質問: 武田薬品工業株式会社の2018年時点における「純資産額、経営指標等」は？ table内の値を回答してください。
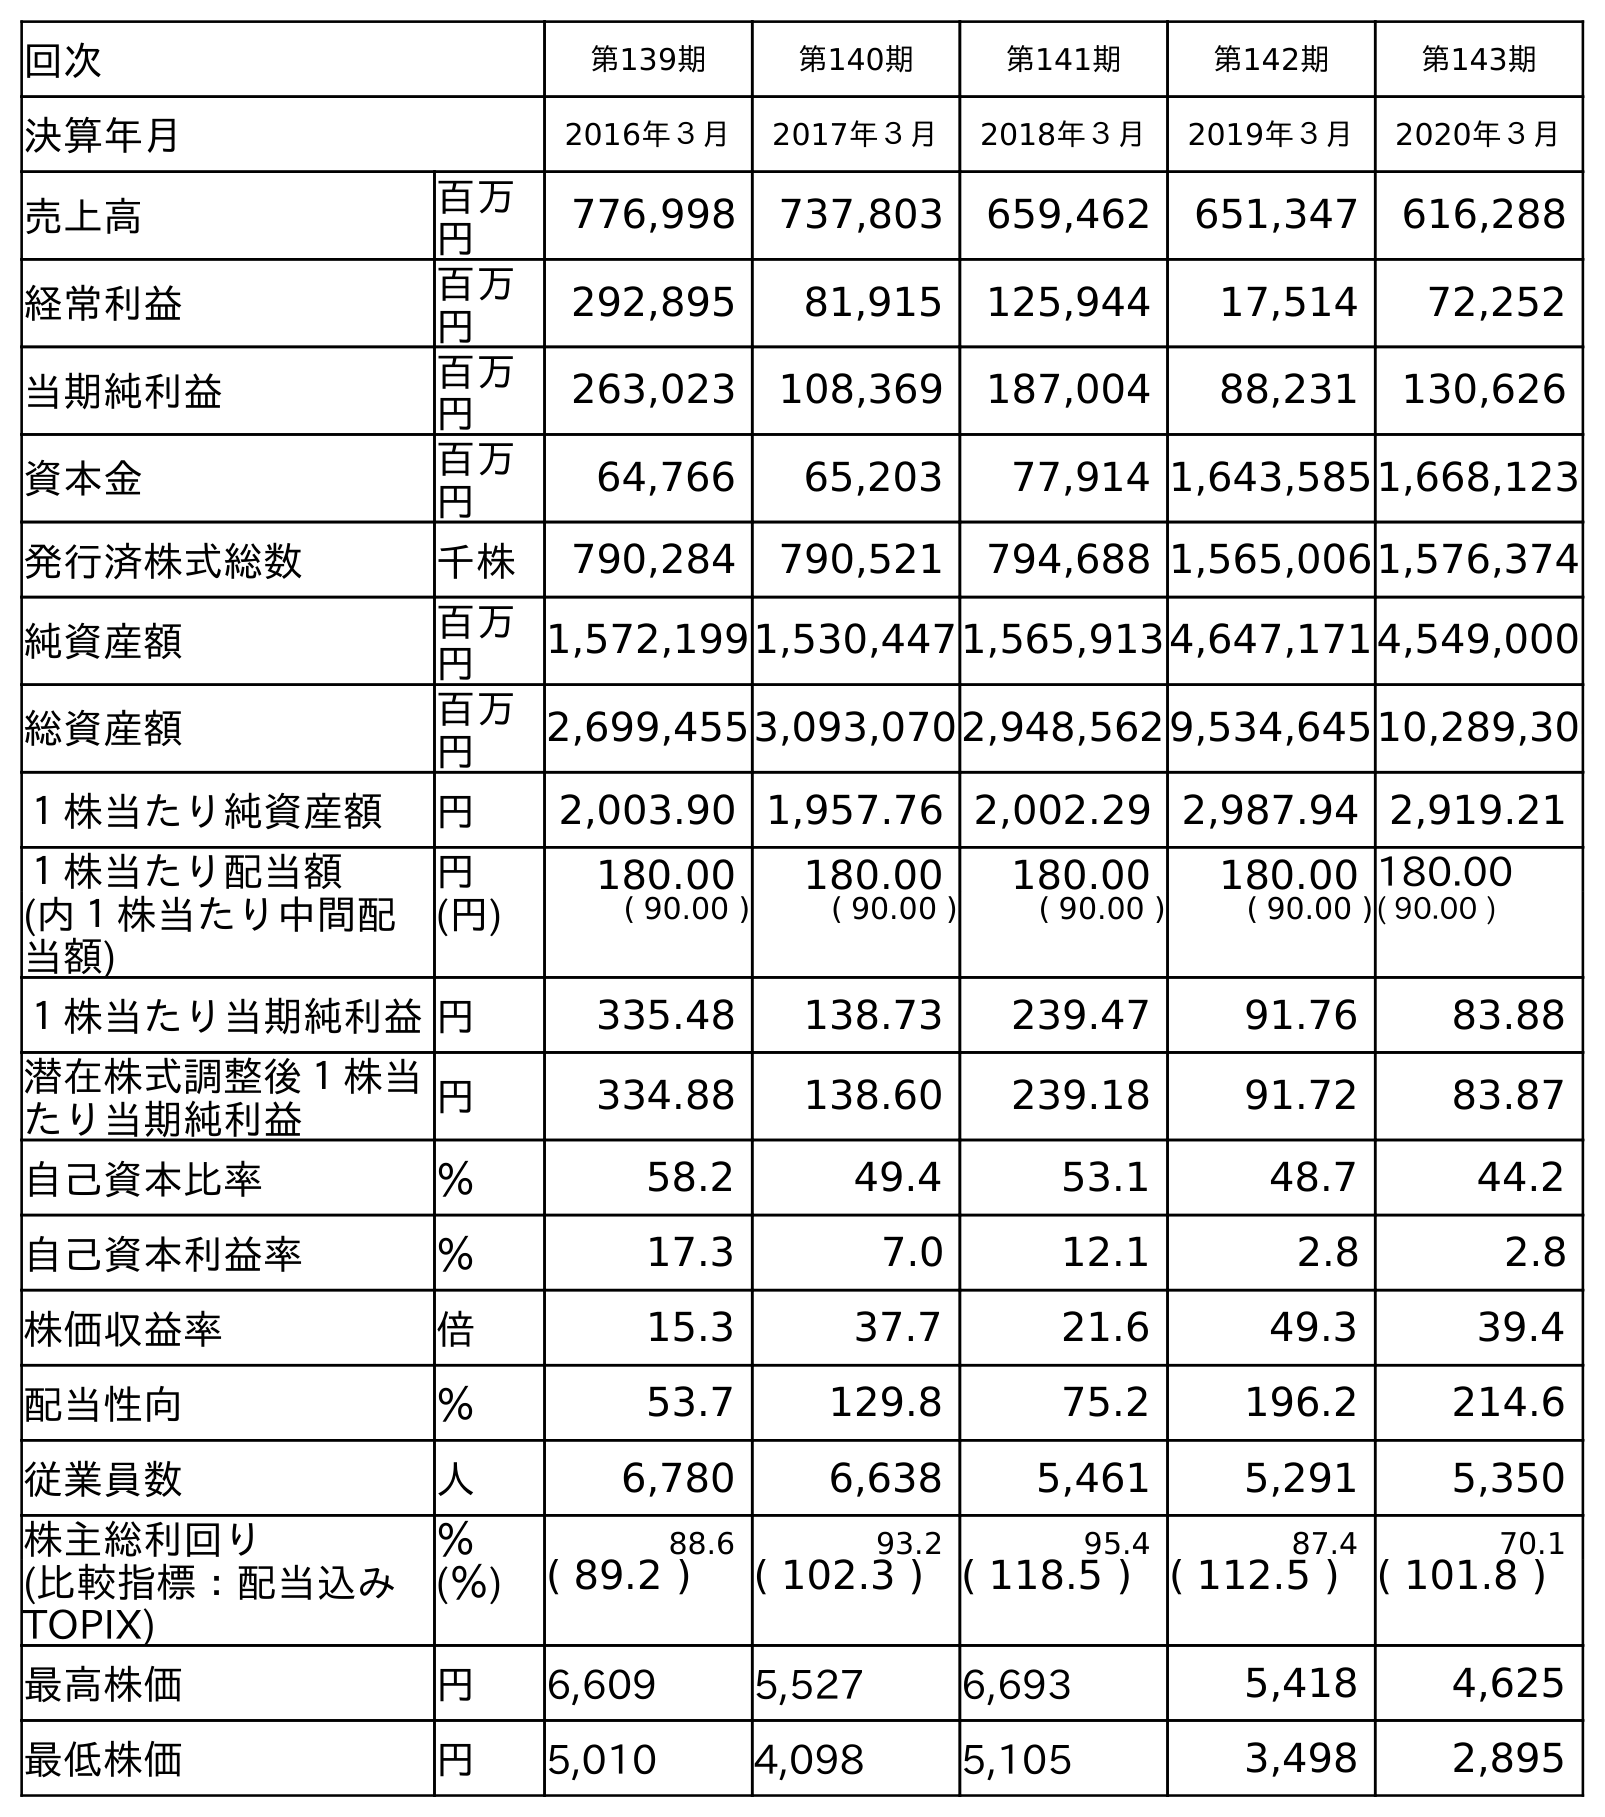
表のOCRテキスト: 回次 第139期 第140期 第141期 第142期 第143期 決算年月 2016年３月 2017年３月 2018年３月 2019年３月 2020年３月 売上高 百万 円 776,998 737,803 659,462 651,347 616,288 経常利益 百万 円 292,895 81,915 125,944 17,514 72,252 当期純利益 百万 円 263,023 108,369 187,004 88,231 130,626 資本金 百万 円 64,766 65,203 77,914 1,643,5851,668,123 発行済株式総数 千株 790,284 790,521 794,688 1,565,0061,576,374 純資産額 百万 円 1,572,1991,530,4471,565,9134,647,1714,549,000 総資産額 百万 円 2,699,4553,093,0702,948,5629,534,64510,289,30 １株当たり純資産額 円 2,003.90 1,957.76 2,002.29 2,987.94 2,919.21 １株当たり配当額 円 180.00 180.00 180.00 180.00 180.00 (内１株当たり中間配 当額) (円) ( 90.00 ) ( 90.00 ) ( 90.00 ) ( 90.00 )( 90.00 ) １株当たり当期純利益円 335.48 138.73 239.47 91.76 83.88 潜在株式調整後１株当 たり当期純利益 円 334.88 138.60 239.18 91.72 83.87 自己資本比率 ％ 58.2 49.4 53.1 48.7 44.2 自己資本利益率 ％ 17.3 7.0 12.1 2.8 2.8 株価収益率 倍 15.3 37.7 21.6 49.3 39.4 配当性向 ％ 53.7 129.8 75.2 196.2 214.6 従業員数 人 6,780 6,638 5,461 5,291 5,350 株主総利回り ％ 88.6 93.2 95.4 87.4 70.1 (比較指標：配当込み TOPIX) (％) ( 89.2 ) ( 102.3 ) ( 118.5 ) ( 112.5 ) ( 101.8 ) 最高株価 円 6,609 5,527 6,693 5,418 4,625 最低株価 円 5,010 4,098 5,105 3,498 2,895
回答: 1,565,913